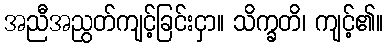
အညီအညွတ်ကျင့်ခြင်းငှာ။ သိက္ခတိ၊ ကျင့်၏။